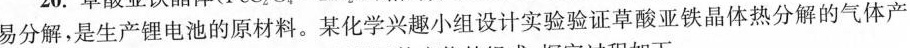
易分解，是生产锂电池的原材料。某化学兴趣小组设计实验验证草酸亚铁晶体热分解的气体产